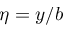
\eta = y / b